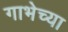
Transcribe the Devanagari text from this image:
गाभेच्या